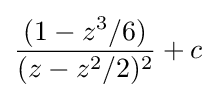
{\frac {(1-z^{3}/6)}{(z-z^{2}/2)^{2}}}+c